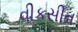
વીકસીત